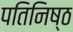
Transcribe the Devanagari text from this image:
पतिनिष्ठ